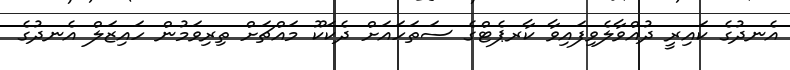
އެނދުގެ ކައިރީ ދުއްވާލެވިފައިވާ ކާރޕެޓްގެ ސަތަހައަށް ދެކަކޫ މައްޗަށް ތިރިވަމުން ހައިޒަލް އެނދުގެ